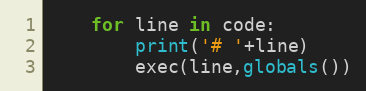
Language: Python
	for line in code:
		print('# '+line)
		exec(line,globals())